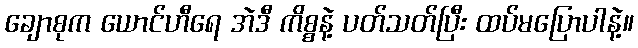
ချောစုက ယောင်ဟီရေ အဲဒီ ကိစ္စနဲ့ ပတ်သတ်ပြီး ထပ်မပြောပါနဲ့။